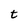
Character: t